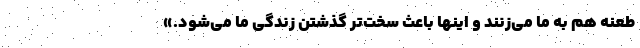
طعنه هم به ما می‌زنند و اینها باعث سخت‌تر گذشتن زندگی ما می‌شود.»